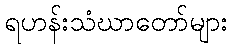
ရဟန်းသံဃာတော်များ